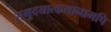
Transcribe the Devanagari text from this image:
समुदयात्कलानामपि